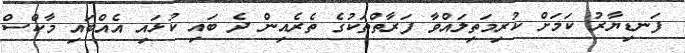
ފަނޑިޔާރު ކަމަށް ކުރިމަތިލައްވާ ފަރާތްތަކުގެ ތެރެއިން ދެ ބައި ކުޅައި އެއްބައި މާކްސް